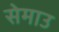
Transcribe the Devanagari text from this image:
सेमाउ